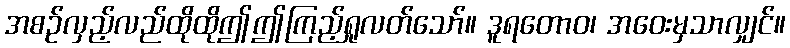
အစဉ်လှည့်လည်ထိုထိုဤဤကြည့်ရှုလတ်သော်။ ဒူရတောဝ၊ အဝေးမှသာလျှင်။